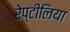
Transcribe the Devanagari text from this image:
रेप्टीलिया